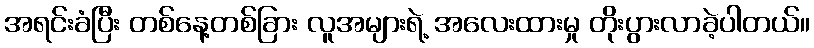
အရင်းခံပြီး တစ်နေ့တစ်ခြား လူအများရဲ့ အလေးထားမှု တိုးပွားလာခဲ့ပါတယ်။